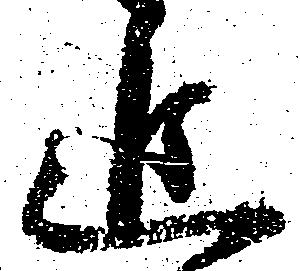
追